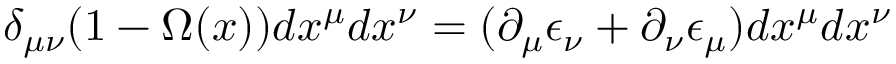
\delta _ { \mu \nu } ( 1 - \Omega ( x ) ) d x ^ { \mu } d x ^ { \nu } = ( \partial _ { \mu } \epsilon _ { \nu } + \partial _ { \nu } \epsilon _ { \mu } ) d x ^ { \mu } d x ^ { \nu }